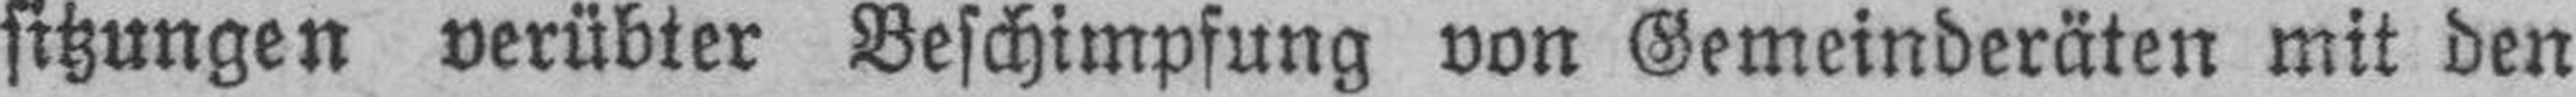
sitzungen verübter Beschimpfung von Gemeinderäten mit den